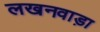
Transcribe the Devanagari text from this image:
लखनवाड़ा